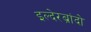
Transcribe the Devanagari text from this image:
इल्देरब्रांदो